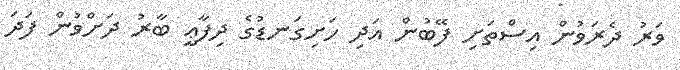
ވަރު ދެރަވުން އިސްތަށި ފޭބުން އަދި ހަށިގަނޑުގެ ދިފާޢީ ބާރު ދަށްވުން ފަދަ